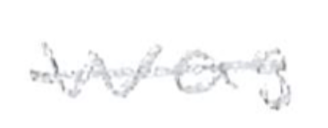
Text: was
Cross-out: single-line
Writing tool: pencil